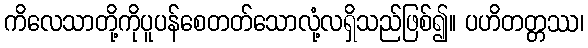
ကိလေသာတို့ကိုပူပန်စေတတ်သောလုံ့လရှိသည်ဖြစ်၍။ ပဟိတတ္တဿ၊